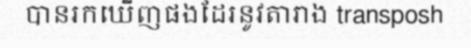
បានរកឃើញផងដែរនូវតារាង transposh